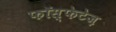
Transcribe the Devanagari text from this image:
फॉस्फेटेज़